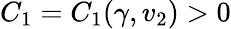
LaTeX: C_{1}=C_{1}(\gamma,v_{2})>0